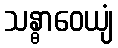
သန္ဓာဝေယျံ